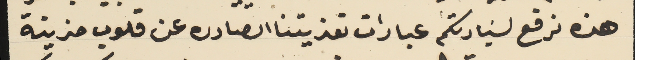
هذه نرفع لسَيادتكم عبارات تعزيتنا الصادره عن قلوب حزينة